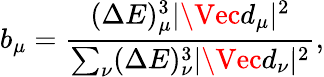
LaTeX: b_{\mu}=\frac{(\Delta E)_{\mu}^{3}|\Vec{d}_{\mu}|^{2}}{\sum_{\nu}(\Delta E)_{\nu}^{3}|\Vec{d}_{\nu}|^{2}},